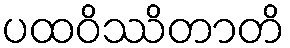
ပထဝိဿိတာတိ